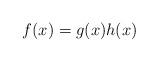
LaTeX: \begin{align*}f(x)=g(x)h(x)\end{align*}